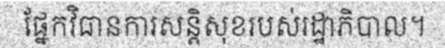
ផ្នែកវិធានការសន្តិសុខរបស់រដ្ឋាភិបាល។